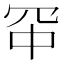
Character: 𪞑